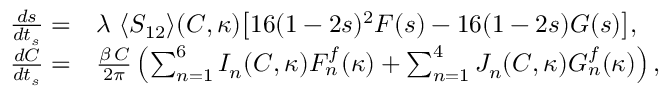
\begin{array} { r l } { \frac { d s } { d t _ { s } } = } & { { } \lambda \, \, \langle S _ { 1 2 } \rangle ( C , \kappa ) \big [ 1 6 ( 1 - 2 s ) ^ { 2 } F ( s ) - 1 6 ( 1 - 2 s ) G ( s ) \big ] , \, } \\ { \frac { d C } { d t _ { s } } = } & { { } \frac { \beta \, C } { 2 \pi } \left( \sum _ { n = 1 } ^ { 6 } I _ { n } ( C , \kappa ) F _ { n } ^ { f } ( \kappa ) + \sum _ { n = 1 } ^ { 4 } J _ { n } ( C , \kappa ) G _ { n } ^ { f } ( \kappa ) \right) , } \end{array}